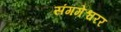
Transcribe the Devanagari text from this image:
संगमेश्वरर